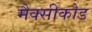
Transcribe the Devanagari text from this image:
मैक्सीकोड